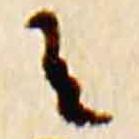
有